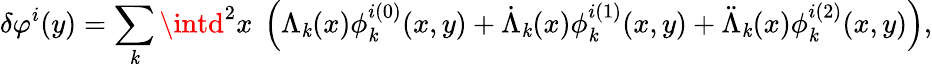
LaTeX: \delta\varphi^{i}(y)=\sum_{\mathit{k}}\intd^{2}x\ \left(\Lambda_{\mathit{k}}(x)\phi_{\mathit{k}}^{i(0)}(x,y)+\dot{{\Lambda}}_{\mathit{k}}(x)\phi_{\mathit{k}}^{i(1)}(x,y)+\ddot{{\Lambda}}_{\mathit{k}}(x)\phi_{\mathit{k}}^{i(2)}(x,y)\right),